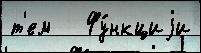
т'ем   Фу́нкциjи